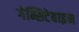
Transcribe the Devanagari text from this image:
गेम्सिटेबाइन